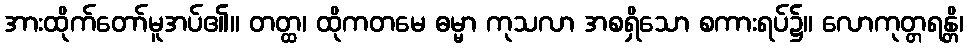
အားထိုက်တော်မူအပ်၏။ တတ္ထ၊ ထိုကတမေ ဓမ္မာ ကုသလာ အစရှိသော စကားရပ်၌။ လောကုတ္တရန္တိ၊